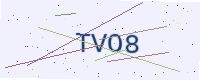
Text: TVO8